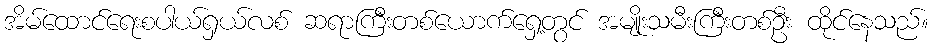
အိမ်ထောင်ရေးစပါယ်ရှယ်လစ် ဆရာကြီးတစ်ယောက်ရှေ့တွင် အမျိုးသမီးကြီးတစ်ဦး ထိုင်နေသည်။